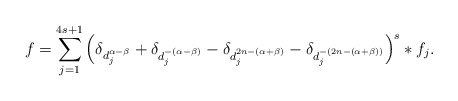
\begin{align*}f=\sum_{j=1}^{4s+1}\left(\delta_{d_j^{\alpha-\beta}}+\delta_{d_j^{-(\alpha-\beta)}}-\delta_{d_j^{2n-(\alpha+\beta)}}-\delta_{d_j^{-(2n-(\alpha+\beta))}}\right)^{s}\ast f_j. \end{align*}